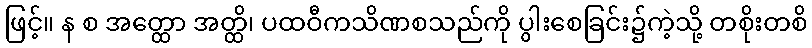
ဖြင့်။ န စ အတ္ထော အတ္ထိ၊ ပထဝီကသိဏစသည်ကို ပွါးစေခြင်း၌ကဲ့သို့ တစိုးတစိ